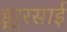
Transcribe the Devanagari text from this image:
इ्र्रसाई